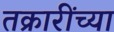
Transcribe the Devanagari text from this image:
तक्रारींच्या